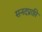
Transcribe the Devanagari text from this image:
सनदप्राप्ति